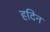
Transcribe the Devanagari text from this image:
हदिन